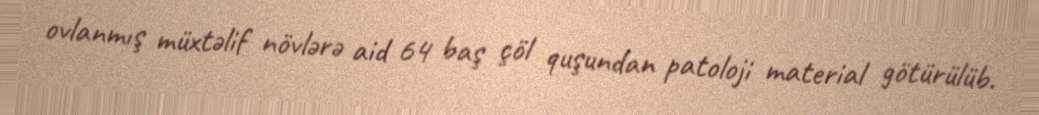
ovlanmış müxtəlif növlərə aid 64 baş çöl quşundan patoloji material götürülüb.